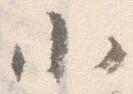
小